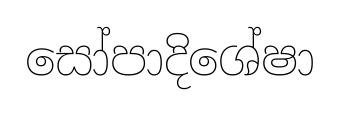
සෝපාදිශේෂා